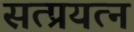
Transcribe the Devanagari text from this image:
सत्प्रयत्न